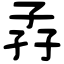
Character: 孨